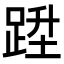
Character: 𨁠